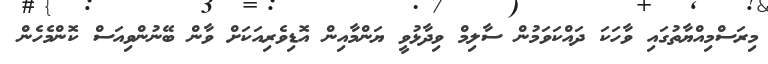
މިރަސްމިއްޔާތުގައި ވާހަކަ ދައްކަވަމުން ސާލިމް ވިދާޅުވީ ޔަންމާއިން އޮޑިވެރިއަކަށް ވާން ބޭނުންވިއަސް ކޮންމެހެން